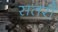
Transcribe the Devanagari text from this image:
सतरी